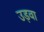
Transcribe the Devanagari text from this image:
उड़वा